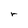
Character: r